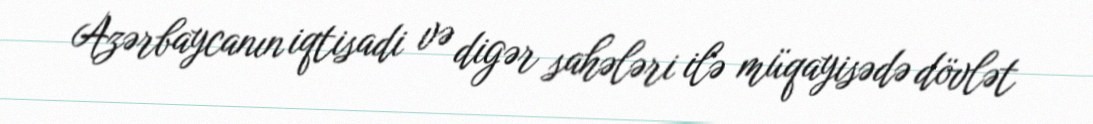
Azərbaycanın iqtisadi və digər sahələri ilə müqayisədə dövlət